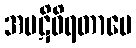
အပဋိဝိရတာပေ